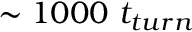
\sim 1 0 0 0 ~ t _ { t u r n }